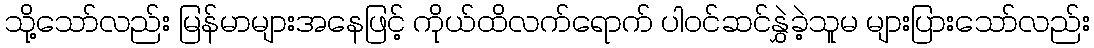
သို့သော်လည်း မြန်မာများအနေဖြင့် ကိုယ်ထိလက်ရောက် ပါဝင်ဆင်နွှဲခဲ့သူမ များပြားသော်လည်း